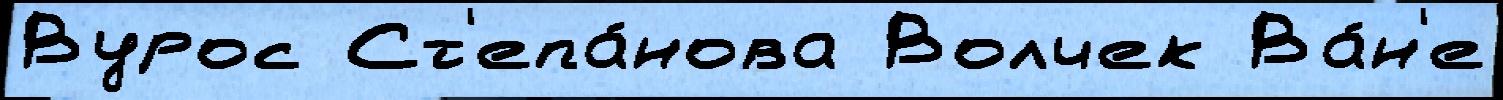
Вурос Ст'епа́нова Волчек Ва́н'е